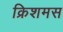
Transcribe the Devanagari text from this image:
क्रिशमस